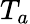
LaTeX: T_{a}